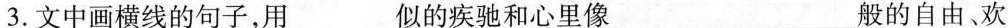
3.文中画横线的句子，用___似的疾驰和心里像___ 般的自由、欢